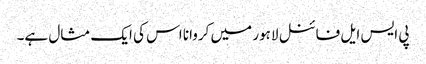
پی ایس ایل فائنل لاہور میں کروانا اس کی ایک مثال ہے۔